Indian journal of veterinary science and animal husbandry - Volume 7,
Year: 1937
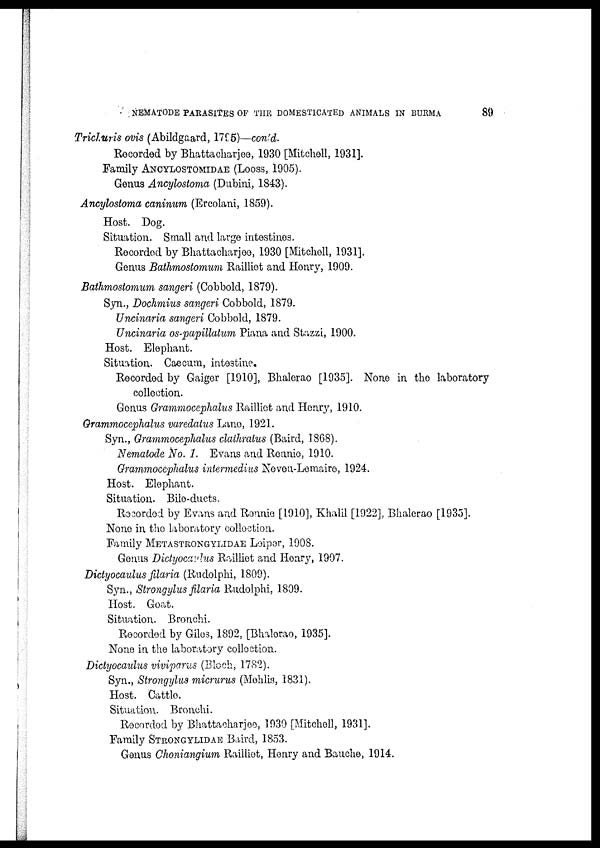
NEMATODE PARASITES OF THE DOMESTICATED ANIMALS IN BURMA
89
Trichuris ovis (Abildgaard, 1795)—contd.
Recorded by Bhattackarjee, 1930 [Mitchell, 1931].
Family ANCYLOSTOMIDAE (LOOSS, 1905).
Genus Ancylostoma (Dubini, 1843).
Ancylostoma caninum (Ercolani, 1859).
Host. Dog.
Situation. Small and large intestines.
Recorded by Bhattacharjee, 1930 [Mitchell, 1931].
Genus Bathmostomum Railliet and Henry, 1909.
Bathmostomum sangeri (Cobbold, 1879).
Syn., Dochmius sangeri Cobbold, 1879.
Uncinaria sangeri Cobbold, 1879.
Uncinaria os-papillatum Piana and Stazzi, 1900.
Host. Elephant.
Situation. Caecum, intestine.
Recorded by Gaiger [1910], Bhalerao [1935]. None in the laboratory
collection.
Genus Grammocephalus Railliet and Henry, 1910.
Grammocephalus varedatus Lane, 1921.
Syn., Grammocephalus clathratus (Baird, 1868).
Nematode No. 1. Evans and Rennie, 1910.
Grammocephalus intermedius Neveu-Lemaire, 1924.
Host. Elephant.
Situation. Bile-ducts.
Recorded by Evans and Ronnie [1910], Khalil [1922], Bhalerao [1935].
None in the laboratory collection.
Family METASTRONGYLIDAE Leipor, 1908.
Genus Dictyocavlus Railliet and Henry, 1907.
Dictyocaulus filaria (Rudolphi, 1809).
Syn., Strongylus filaria Rudolphi, 1809.
Host. Goat.
Situation. Bronchi.
Recorded by Giles, 1892, [Bhalorao, 1935].
None in the laboratory collection.
Dictyocaulus viviparus (Bloch, 1782).
Syn., Strongylus micrurus (Mehlis, 1831).
Host. Cattle.
Situation. Bronchi.
Recorded by Bhattacharjee, 1930 [Mitchell, 1931].
Family STRONGYLIDAE Baird, 1853.
Genus Chonianaium Railliet, Henry and Bauche, 1914.